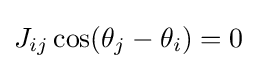
J_{ij}\cos(\theta _{j}-\theta _{i})=0